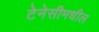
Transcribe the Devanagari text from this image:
टेनेसीमधील